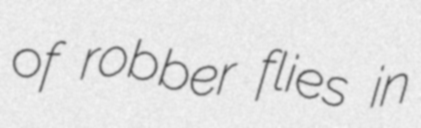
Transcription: of robber flies in